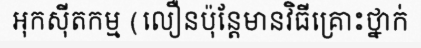
អុកស៊ីតកម្ម (លឿនប៉ុន្តែមានវិធីគ្រោះថ្នាក់